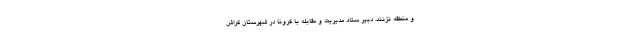
و منطقه نزنند. دبیر ستاد مدیریت و مقابله با کرونا در شهرستان گراش